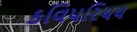
કવિપરિચય